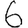
Digit: 6